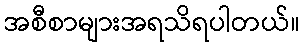
အစီစာများအရသိရပါတယ်။